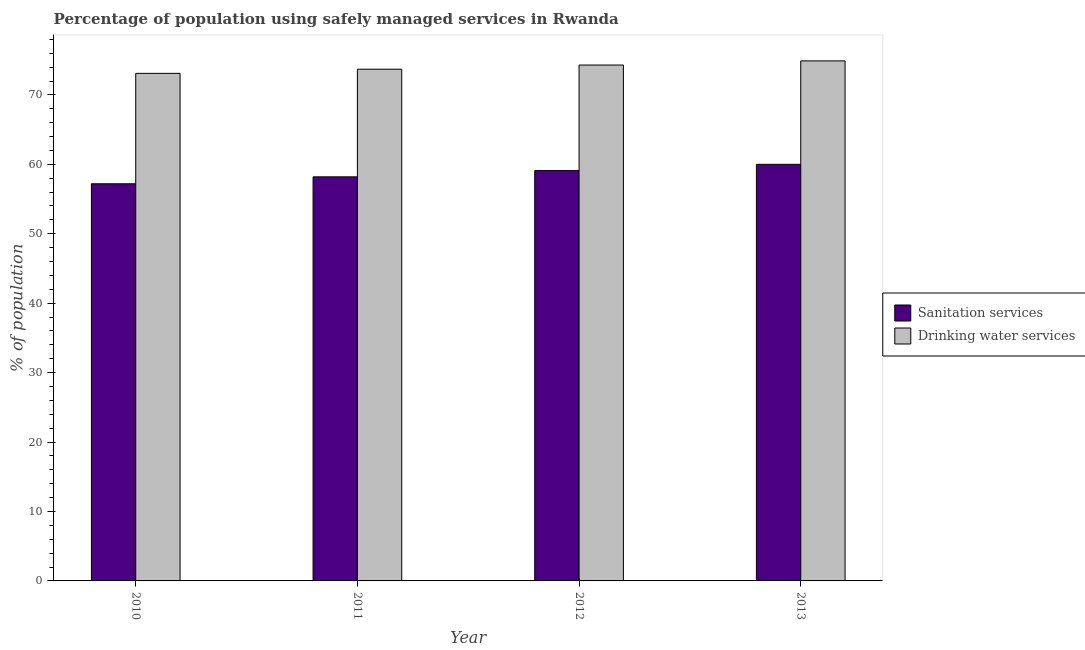
| Year | Sanitation services | Drinking water services |
 | --- | --- | --- |
 | 2010 | 57.2 | 73.1 |
 | 2011 | 58.2 | 73.7 |
 | 2012 | 59.1 | 74.3 |
 | 2013 | 60 | 74.9 |